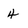
Character: 4